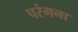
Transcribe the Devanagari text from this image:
परंगना